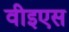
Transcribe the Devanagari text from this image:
वीइएस